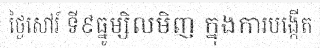
ថ្ងៃសៅរ៍ ទី៩ធ្នូម្សិលមិញ ក្នុងការបង្កើត